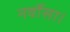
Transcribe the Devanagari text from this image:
नर्वोसा।